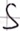
Text: S